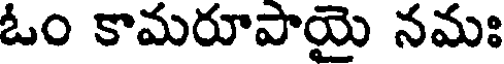
ఓం కామరూపాయై నమః